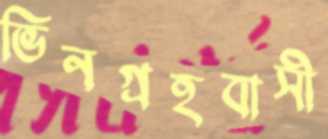
ভিনগ্রহবাসী